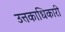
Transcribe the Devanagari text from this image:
उत्तकाधिकारी